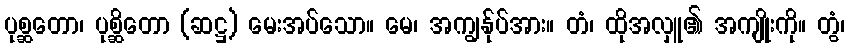
ပုစ္ဆတော၊ ပုစ္ဆိတော (ဆဋ္ဌ) မေးအပ်သော။ မေ၊ အကျွန်ုပ်အား။ တံ၊ ထိုအလှူ၏ အကျိုးကို။ တွံ၊